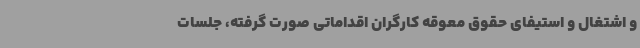
و اشتغال و استیفای حقوق معوقه کارگران اقداماتی صورت گرفته، جلسات